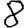
Digit: 8